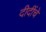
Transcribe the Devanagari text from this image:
दीदींचे